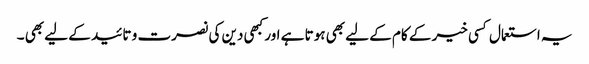
یہ استعمال کسی خیر کے کام کے لیے بھی ہوتا ہے اور کبھی دین کی نصرت و تائید کے لیے بھی ۔